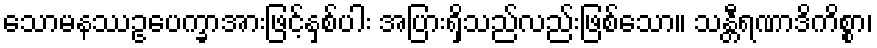
သောမနဿဥပေက္ခာအားဖြင့်နှစ်ပါး အပြားရှိသည်လည်းဖြစ်သော။ သန္တီရဏာဒိကိစ္စာ၊